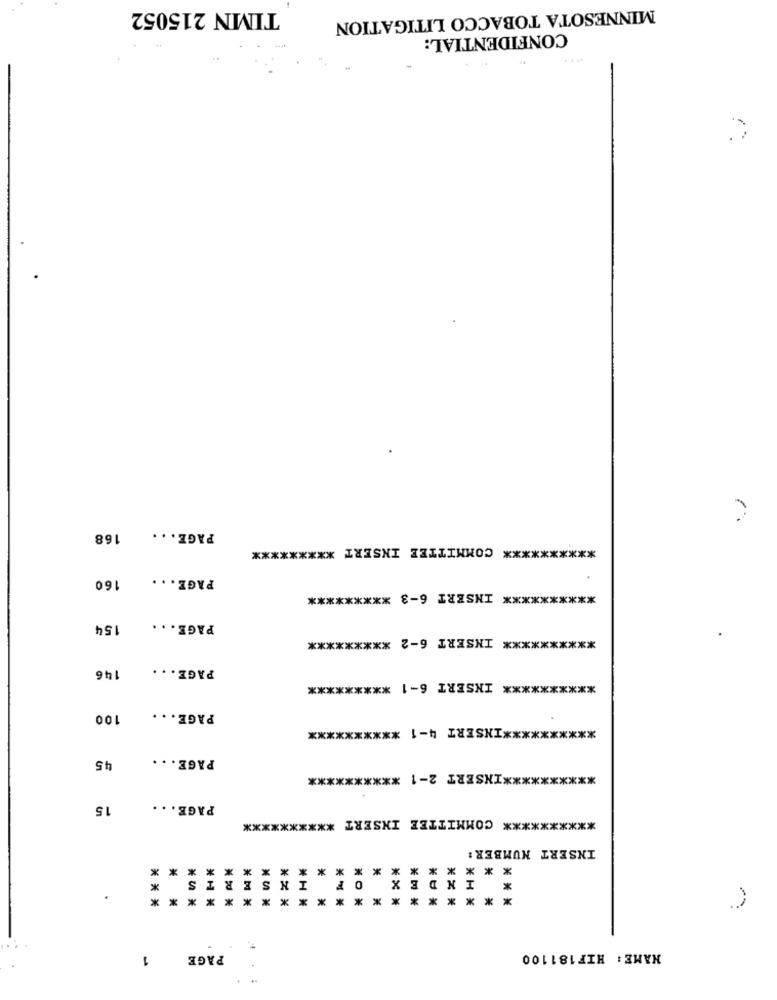
TIMN 215052
MINNESOTA TOBACCO LITIGATION
CONFIDENTIAL:
168
PAGE ...
********** COMMITTEE INSERT *********
160
PAGE ...
********** INSERT 6-3 *********
154
PAGE ...
********** INSERT 6-2 *********
PAGE ...
146
********** INSERT 6-1 *********
100
PAGE ...
********** INSERT 4-1 **********
PAGE ...
45
********** INSERT 2-1 **********
15
PAGE ...
********** COMMITTEE INSERT **********
INSERT NUMBER :
* ** *
*
*
*
*
*** *** * * *
SERTS
I
F
0
EX
IND
* ** * * * *
*
*
*
*
*
** * *****
.
1
PAGE
NAME: HIF181100